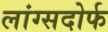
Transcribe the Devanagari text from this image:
लांग्सदोर्फ